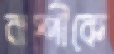
বাপ্পীকে